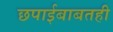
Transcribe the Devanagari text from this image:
छपाईबाबतही